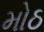
મોઠ